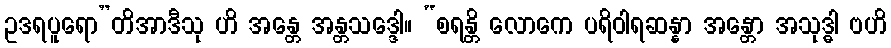
ဥဒရပူရော”တိအာဒီသု ဟိ အန္တေ အန္တသဒ္ဒေါ။ “စရန္တိ လောကေ ပရိဝါရဆန္နာ အန္တော အသုဒ္ဓါ ဗဟိ